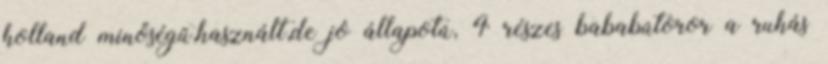
holland minőségű,használt,de jó állapotú, 4 részes bababútoror a ruhás